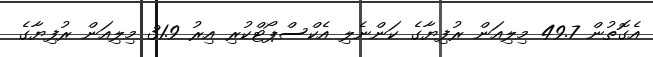
އެގޮތުން 49.7 މިލިއަން ރުފިޔާގެ ކަންނެލި އެކްސްޕޯޓްކުރި އިރު 31.9 މިލިއަން ރުފިޔާގެ